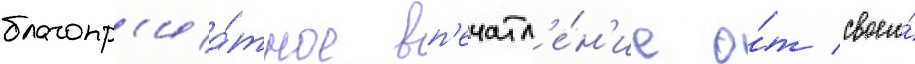
благопр'иа́тное вп'ечатл'е́н'ие о́т своего́